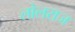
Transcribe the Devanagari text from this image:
लोलराज